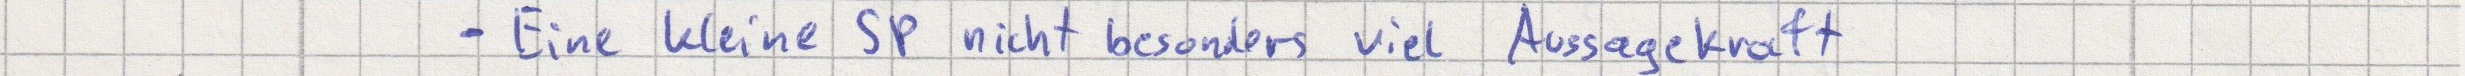
- Eine kleine SP nicht besonders viel Aussagekraft